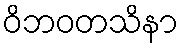
ဝိဘဝတသိနာ